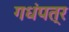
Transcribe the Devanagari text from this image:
गधंपत्र